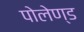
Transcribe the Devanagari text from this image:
पोलेण्ड